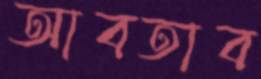
আবতাব